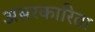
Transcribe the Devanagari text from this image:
असरकारिता